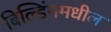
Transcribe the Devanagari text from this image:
बिल्डिंगमधील